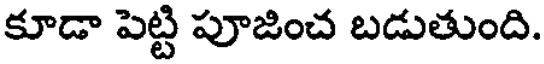
కూడా పెట్టి పూజించ బడుతుంది.